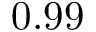
0 . 9 9